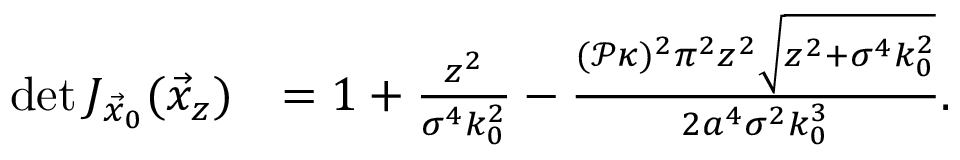
\begin{array} { r l } { \operatorname* { d e t } J _ { \vec { x } _ { 0 } } ( \vec { x } _ { z } ) } & { = 1 + \frac { z ^ { 2 } } { \sigma ^ { 4 } k _ { 0 } ^ { 2 } } - \frac { ( \mathcal { P } \kappa ) ^ { 2 } \pi ^ { 2 } z ^ { 2 } \sqrt { z ^ { 2 } + \sigma ^ { 4 } k _ { 0 } ^ { 2 } } } { 2 a ^ { 4 } \sigma ^ { 2 } k _ { 0 } ^ { 3 } } . } \end{array}